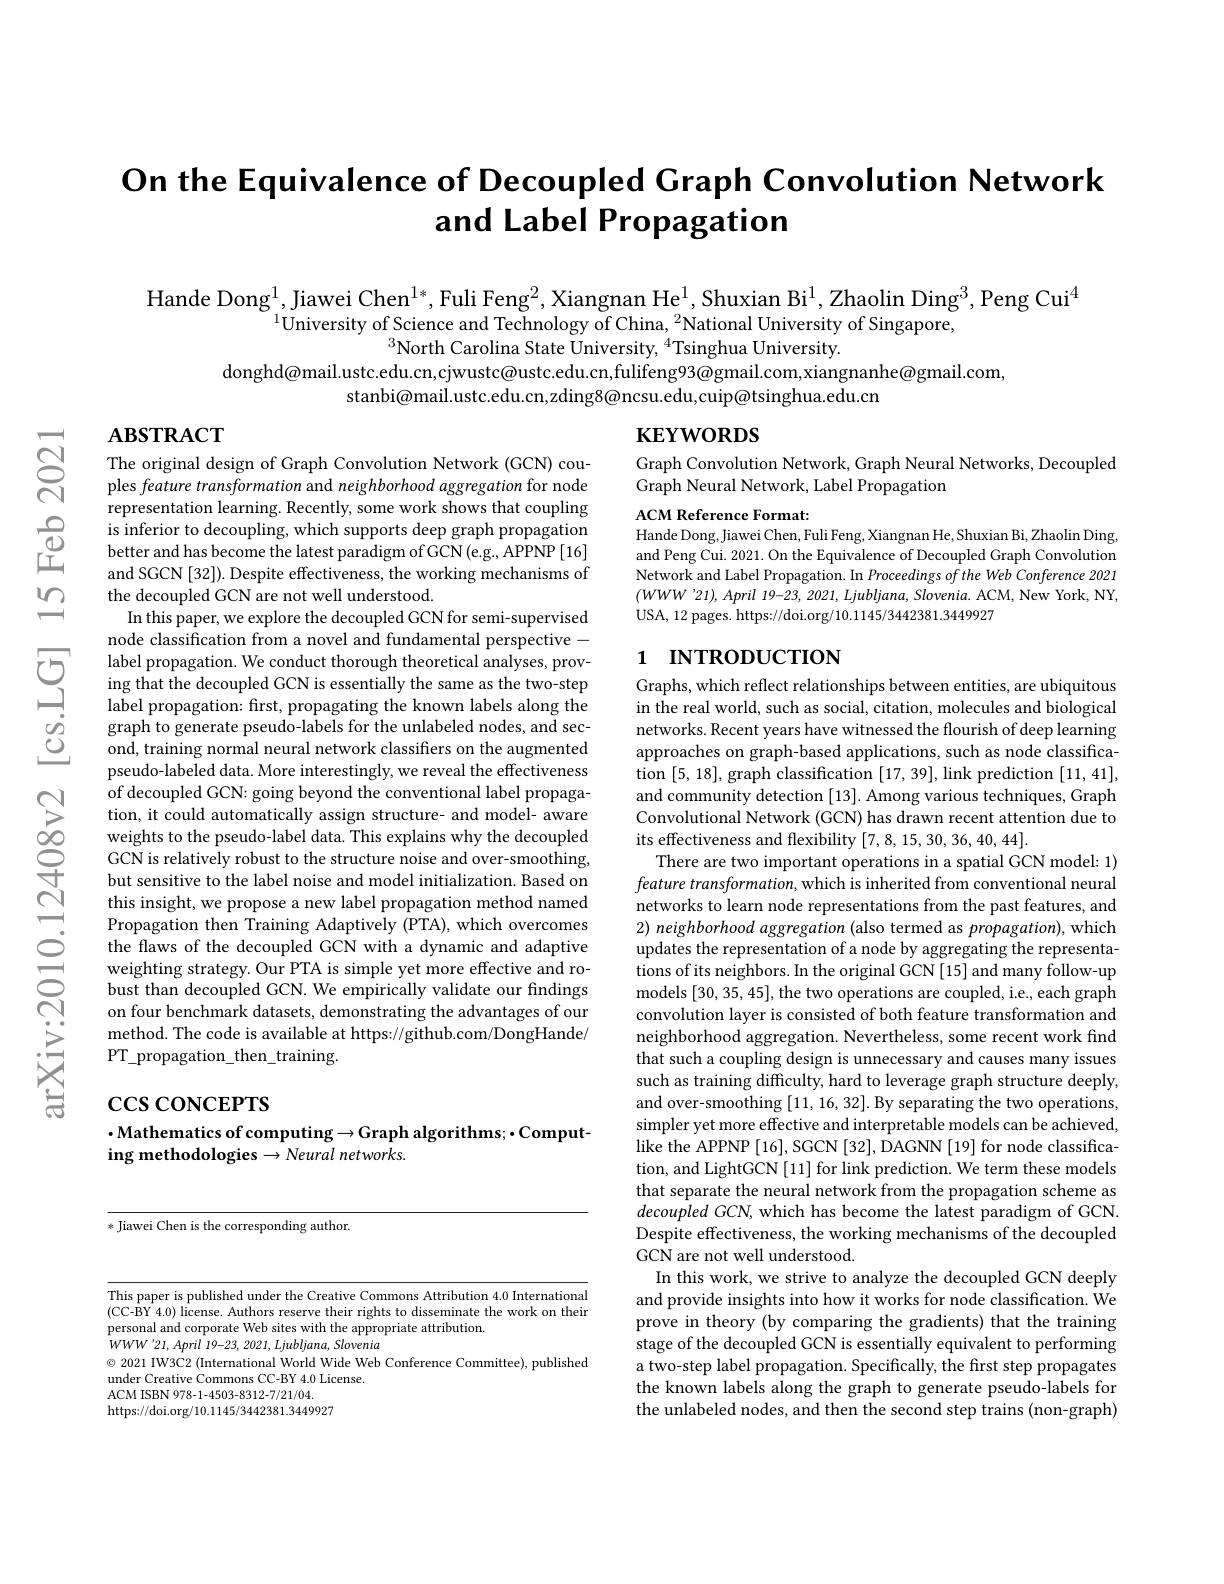
# On the Equivalence of Decoupled Graph Convolution Network and Label Propagation

Hande Dong$^{1}$,Jiawei Chen$^{1*}$, Fuli Feng$^2$, Xiangnan He$^1$, Shuxian Bi$^{1}$, Zhaolin Ding$^{3}$, Peng Cui$^{4}$
$^{1}$University of Science and Technology of China, $^2$National University of Singapore,
$^{3}$North Carolina State University, $^{4}$Tsinghua University.
donghd@mail.ustc.edu.cn,cjwustc@ustc.edu.cn,fulifeng93@gmail.com,xiangnanhe@gmail.com,
stanbi@mail.ustc.edu.cn,zding8@ncsu.edu,cuip@tsinghua.edu.cn

# $\mathbf{ABSTRACT}$

# $\mathbf{KEYWORDS}$

Graph Convolution Network, Graph Neural Networks, Decoupled
Graph Neural Network, Label Propagation

ACM Reference Format:
Hande Dong, Jiawei Chen, Fuli Feng, Xiangnan He, Shuxian Bi, Zhaolin Ding, and Peng Cui. 2021. On the Equivalence of Decoupled Graph Convolution Network and Label Propagation. In Proceedings of the Web Conference 2021 $(WWW^{\prime}21),April$ 19-23, 2021, Ljubljana, Slovenia. ACM, New York, NY, USA, 12 pages. https://doi.org/10.1145/3442381.3449927

## 1 INTRODUCTION

The original design of Graph Convolution Network (GCN) couples feature transformation and neighborhood aggregation for node representation learning. Recently, some work shows that coupling is inferior to decoupling, which supports deep graph propagation better and has become the latest paradigm of GCN (e.g., APPNP [16] and SGCN [32]). Despite effectiveness, the working mechanisms of the decoupled GCN are not well understood.
In this paper, we explore the decoupled GCN for semi-supervised node classification from a novel and fundamental perspective -
$\sum_{\begin{array}{cc}\text{5}&\text{label propagation. We conduct thorough theoretical analyses, prov-}\\\text{ing that the decoupled GCN is essentially the same as the two-step}\\\text{label propagation: first, propagating the known labels along the}\end{array}}$
graph to generate pseudo-labels for the unlabeled nodes, and second, training normal neural network classifiers on the augmented pseudo-labeled data. More interestingly, we reveal the effectiveness of decoupled GCN: going beyond the conventional label propagation, it could automatically assign structure- and model- aware weights to the pseudo-label data. This explains why the decoupled GCN is relatively robust to the structure noise and over-smoothing, but sensitive to the label noise and model initialization. Based on this insight, we propose a new label propagation method named Propagation then Training Adaptively (PTA), which overcomes the flaws of the decoupled GCN with a dynamic and adaptive weighting strategy. Our PTA is simple yet more effective and robust than decoupled GCN. We empirically validate our findings on four benchmark datasets, demonstrating the advantages of our method. The code is available at https://github.com/DongHande/ PT$\_$propagation$\_$then$\_$training.

Graphs, which reflect relationships between entities, are ubiquitous in the real world, such as social, citation, molecules and biological networks. Recent years have witnessed the flourish of deep learning approaches on graph-based applications, such as node classification [5,18], graph classification [17,39], link prediction [11,41], and community detection [13]. Among various techniques, Graph Convolutional Network (GCN) has drawn recent attention due to its effectiveness and flexibility [7,8,15,30,36,40,44].
There are two important operations in a spatial GCN model: 1) $feature\textit{ transformation, which is inherited from conventional neural}$ networks to learn node representations from the past features, and 2) neighborhood aggregation (also termed as propagation), which updates the representation of a node by aggregating the representa- $\dot{\text{tions of its neighbors. In the original GCN[15] and many follow-up}}$ models [30,35,45], the two operations are coupled, i.e., each graph convolution layer is consisted of both feature transformation and neighborhood aggregation. Nevertheless, some recent work find that such a coupling design is unnecessary and causes many issues such as training difficulty, hard to leverage graph structure deeply, and over-smoothing [11,16,32]. By separating the two operations, simpler yet more effective and interpretable models can be achieved, like the APPNP [16], SGCN [32], DAGNN [19] for node classification, and LightGCN [11] for link prediction. We term these models that separate the neural network from the propagation scheme as decoupled GCN, which has become the latest paradigm of GCN Despite effectiveness, the working mechanisms of the decoupled GCN are not well understood.
In this work, we strive to analyze the decoupled GCN deeply and provide insights into how it works for node classification. We prove in theory (by comparing the gradients) that the training stage of the decoupled GCN is essentially equivalent to performing a two-step label propagation. Specifically, the first step propagates the known labels along the graph to generate pseudo-labels for the unlabeled nodes, and then the second step trains (non-graph)

$\csc\cos$coNCEPTS

$\cdot$Mathematics of computing$\to$Graph algorithms; -Comput-
ing methodologies $\to Neural$ networks.

* Jiawei Chen is the corresponding author.

This paper is published under the Creative Commons Attribution 4.0 International (CC-BY 4.0) license. Authors reserve their rights to disseminate the work on their personal and corporate Web sites with the appropriate attribution.
$WWW^{\prime}21,April~19-23,~2021,~Ljubljana,~Slovenia$
$\textcircled {\circ }2021$ IW3C2 ( International World Wide Web Conference Committee) , published
under Creative Commons CC-BY 4.0 License
ACM ISBN 978-1-4503-8312-7/21/04.
https://doi.org/10.1145/3442381.3449927